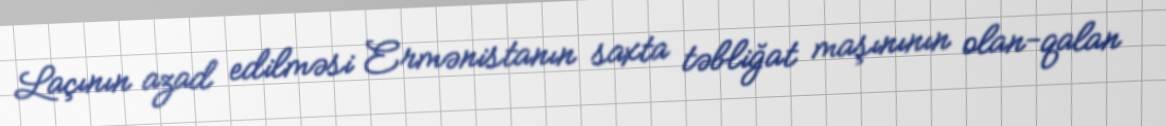
Laçının azad edilməsi Ermənistanın saxta təbliğat maşınının olan-qalan